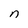
Character: n